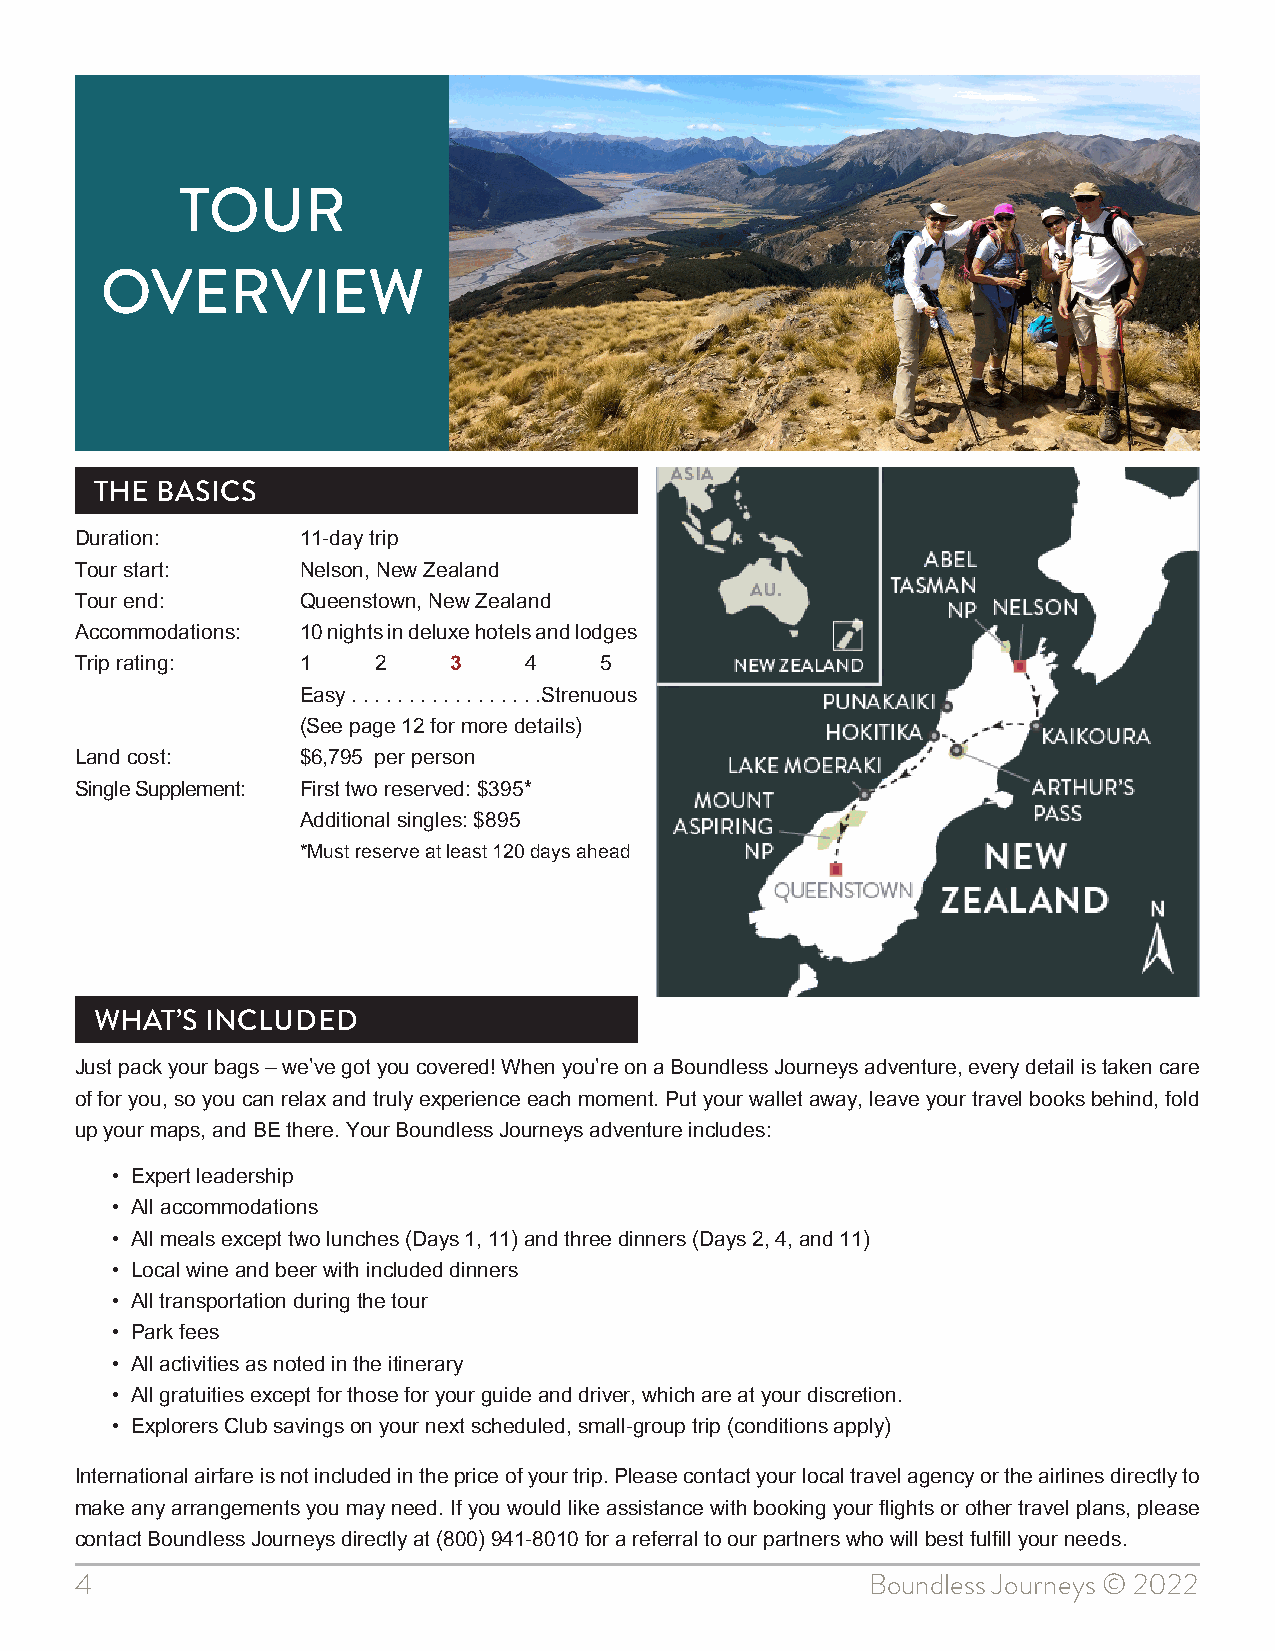
TOUR
 OVERVIEW
 THE BASICS
 Duration:      11-day trip
 Tour start:    Nelson, New Zealand
 Tour end:      Queenstown, New Zealand
 Accommodations: 10 nights in deluxe hotels and lodges
 Trip rating:   1    2    3    4    5
 Easy . . . . . . . . . . . . . . . . .Strenuous
 (See page 12 for more details)
 Land cost:     $6,795 per person
 Single Supplement: First two reserved: $395*
 Additional singles: $895
 *Must reserve at least 120 days ahead
 WHAT’S  INCLUDED
 Just pack your bags – we’ve got you covered! When you’re on a Boundless Journeys adventure, every detail is taken care
 of for you, so you can relax and truly experience each moment. Put your wallet away, leave your travel books behind, fold
 up your maps, and BE there. Your Boundless Journeys adventure includes:
 • Expert leadership
 • All accommodations
 • All meals except two lunches (Days 1, 11) and three dinners (Days 2, 4, and 11)
 • Local wine and beer with included dinners
 • All transportation during the tour
 • Park fees
 • All activities as noted in the itinerary
 • All gratuities except for those for your guide and driver, which are at your discretion.
 • Explorers Club savings on your next scheduled, small-group trip (conditions apply)
 International airfare is not included in the price of your trip. Please contact your local travel agency or the airlines directly to
 make any arrangements you may need. If you would like assistance with booking your flights or other travel plans, please
 contact Boundless Journeys directly at (800) 941-8010 for a referral to our partners who will best fulfill your needs.
 4                                                    Boundless Journeys © 2022